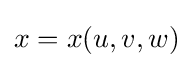
x=x(u,v,w)